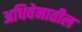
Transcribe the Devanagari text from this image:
अधिवेनातील